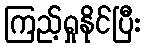
ကြည့်ရှုနိုင်ပြီး